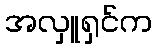
အလှူရှင်က